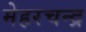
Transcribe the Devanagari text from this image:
मेहरचन्द्र